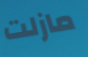
مازلت